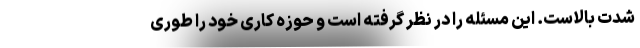
شدت بالاست. این مسئله را در نظر گرفته است و حوزه کاری خود را طوری